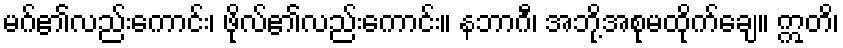
မဂ်၏လည်းကောင်း၊ ဖိုလ်၏လည်းကောင်း။ နဘာဂီ၊ အဘို့အစုမထိုက်ချေ။ ဣတိ၊